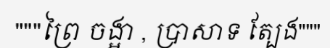
"""ព្រៃ ចង្អា , ប្រាសាទ ត្បែង"""